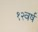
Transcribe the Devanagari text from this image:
१२वर्ष